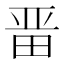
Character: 𭻍